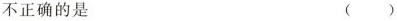
不正确的是()